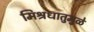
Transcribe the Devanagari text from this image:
मिश्रधातुमुळे